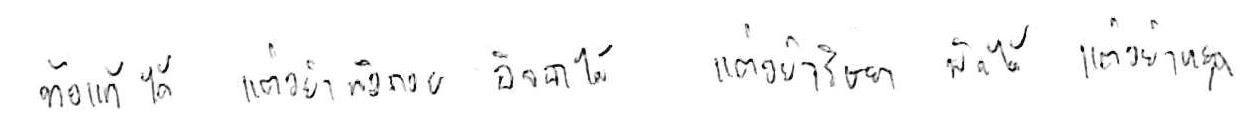
ท้อแท้ได้ แต่อย่าท้อถอย อิจฉาได้ แต่อย่าริษยา พักได้ แต่อย่าหยุด